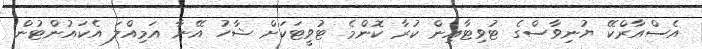
އެސްއާރްކޭ ޔުނިވާސްގެ ޓުވިޓާއިން ކުރާ ކޮންމެ ޓުވީޓަކަށް ޝާހު އޭނާ އަމިއްލަ އެކައުންޓުން